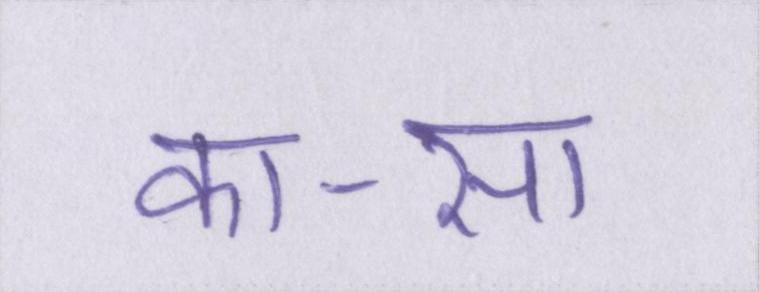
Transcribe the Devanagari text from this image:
का-सा